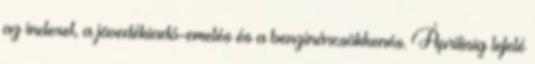
az indexet, a jövedékiadó-emelés és a benzinárcsökkenés. Áprilisig lefelé